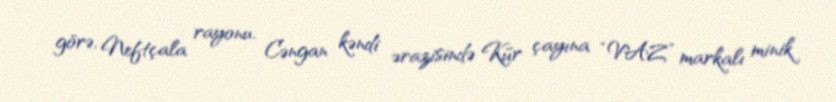
görə, Neftçala rayonu, Cəngan kəndi ərazisində Kür çayına “VAZ” markalı minik